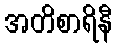
အတိစာရိနီ